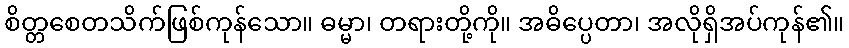
စိတ္တစေတသိက်ဖြစ်ကုန်သော။ ဓမ္မာ၊ တရားတို့ကို။ အဓိပ္ပေတာ၊ အလိုရှိအပ်ကုန်၏။